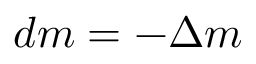
d m = - \Delta m